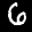
Label: 6